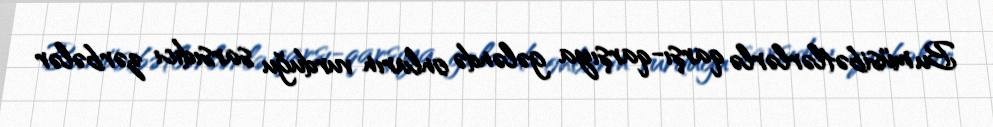
Bu müsibətlərlərlə qarşı-qarşıya gələndə onların vurduğu sarsıdıcı zərbələr